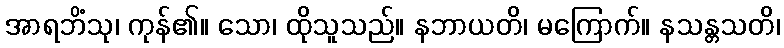
အာရဘိံသု၊ ကုန်၏။ သော၊ ထိုသူသည်။ နဘာယတိ၊ မကြောက်။ နသန္တသတိ၊